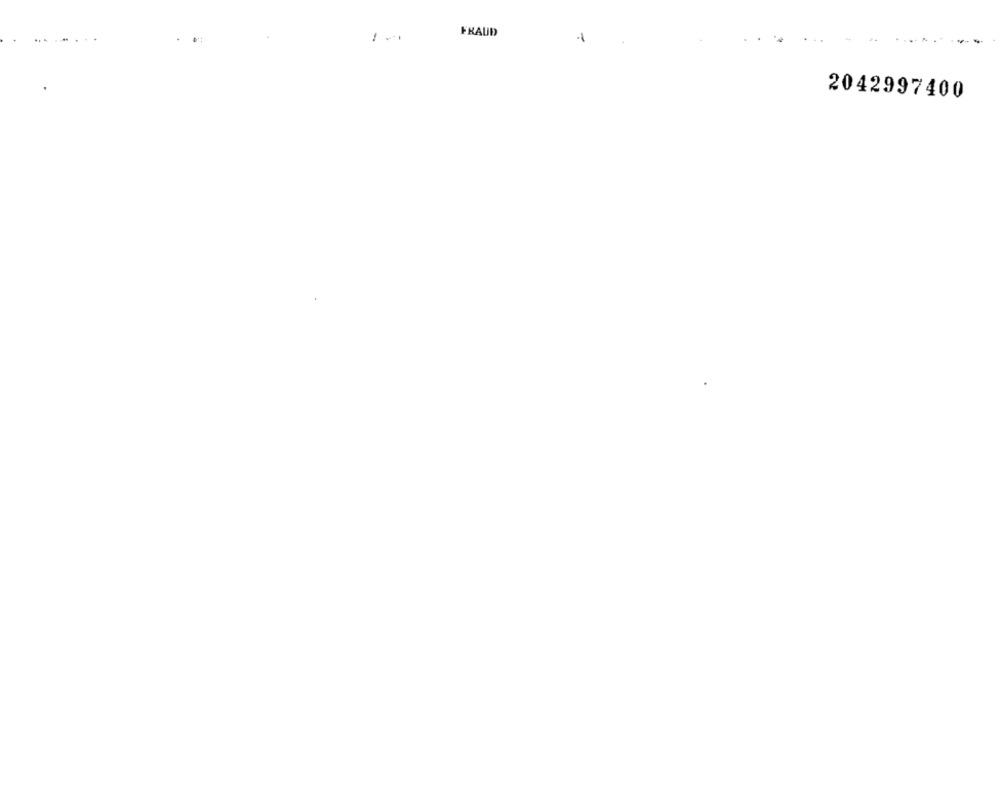
FRAUD
1
2042997400